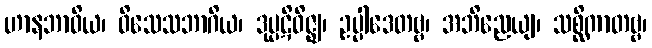
ဟာနဘာဝိယ၊ ဝိသေသဘာဂိယ၊ ဒုပ္ပဋိဝိဇ္ဈ၊ ဥပ္ပါဒေတဗ္ဗ၊ အဘိညေယျ၊ သစ္ဆိကာတဗ္ဗ၊